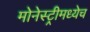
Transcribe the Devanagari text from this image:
मोनेस्ट्रीमध्येच